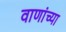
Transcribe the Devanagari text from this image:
वाणांच्या